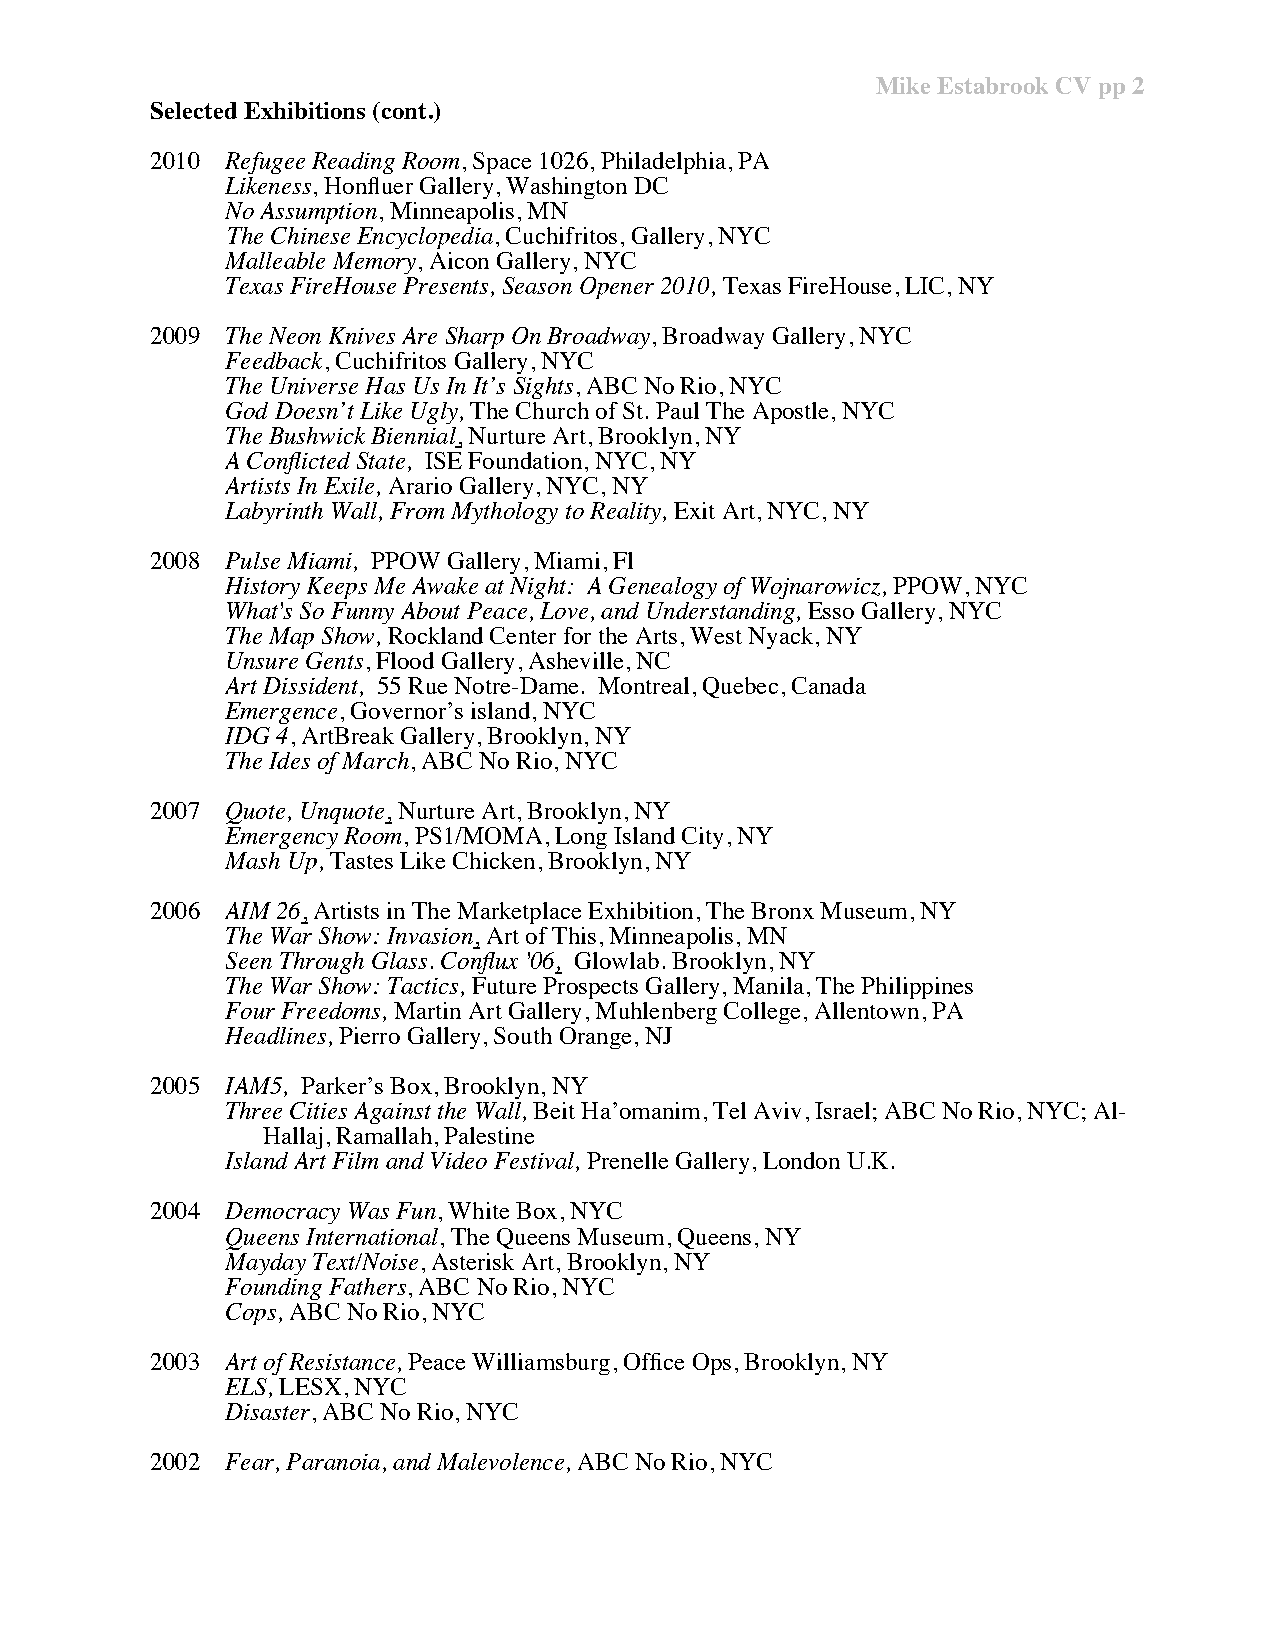
Mike Estabrook CV pp 2
 Selected Exhibitions (cont.)
 2010 Refugee Reading Room, Space 1026, Philadelphia, PA
 Likeness, Honfluer Gallery, Washington DC
 No Assumption, Minneapolis, MN
 The Chinese Encyclopedia, Cuchifritos, Gallery, NYC
 Malleable Memory, Aicon Gallery, NYC
 Texas FireHouse Presents, Season Opener 2010, Texas FireHouse, LIC, NY
 2009 The Neon Knives Are Sharp On Broadway, Broadway Gallery, NYC
 Feedback, Cuchifritos Gallery, NYC
 The Universe Has Us In It’s Sights, ABC No Rio, NYC
 God Doesn’t Like Ugly, The Church of St. Paul The Apostle, NYC
 The Bushwick Biennial, Nurture Art, Brooklyn, NY
 A Conflicted State, ISE Foundation, NYC, NY
 Artists In Exile, Arario Gallery, NYC, NY
 Labyrinth Wall, From Mythology to Reality, Exit Art, NYC, NY
 2008 Pulse Miami, PPOW Gallery, Miami, Fl
 History Keeps Me Awake at Night: A Genealogy of Wojnarowicz, PPOW, NYC
 What's So Funny About Peace, Love, and Understanding, Esso Gallery, NYC
 The Map Show, Rockland Center for the Arts, West Nyack, NY
 Unsure Gents, Flood Gallery, Asheville, NC
 Art Dissident, 55 Rue Notre-Dame. Montreal, Quebec, Canada
 Emergence, Governor’s island, NYC
 IDG 4, ArtBreak Gallery, Brooklyn, NY
 The Ides of March, ABC No Rio, NYC
 2007 Quote, Unquote, Nurture Art, Brooklyn, NY
 Emergency Room, PS1/MOMA, Long Island City, NY
 Mash Up, Tastes Like Chicken, Brooklyn, NY
 2006 AIM 26, Artists in The Marketplace Exhibition, The Bronx Museum, NY
 The War Show: Invasion, Art of This, Minneapolis, MN
 Seen Through Glass. Conflux '06, Glowlab. Brooklyn, NY
 The War Show: Tactics, Future Prospects Gallery, Manila, The Philippines
 Four Freedoms, Martin Art Gallery, Muhlenberg College, Allentown, PA
 Headlines, Pierro Gallery, South Orange, NJ
 2005 IAM5, Parker’s Box, Brooklyn, NY
 Three Cities Against the Wall, Beit Ha’omanim, Tel Aviv, Israel; ABC No Rio, NYC; Al-
 Hallaj, Ramallah, Palestine
 Island Art Film and Video Festival, Prenelle Gallery, London U.K.
 2004 Democracy Was Fun, White Box, NYC
 Queens International, The Queens Museum, Queens, NY
 Mayday Text/Noise, Asterisk Art, Brooklyn, NY
 Founding Fathers, ABC No Rio, NYC
 Cops, ABC No Rio, NYC
 2003 Art of Resistance, Peace Williamsburg, Office Ops, Brooklyn, NY
 ELS, LESX, NYC
 Disaster, ABC No Rio, NYC
 2002 Fear, Paranoia, and Malevolence, ABC No Rio, NYC